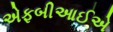
એફબીઆઈએ